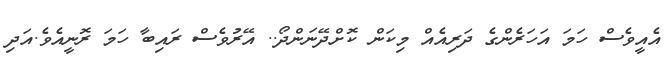
އެއީވެސް ހަމަ އަހަރެންގެ ދަރިއެއް މިކަން ކޮށްދޭނަންދޯ.. އޭރުވެސް ރައިބާ ހަމަ ރޮނީއެވެ.އަދި